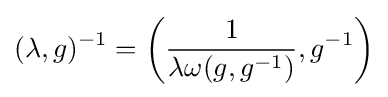
(\lambda ,g)^{-1}=\left({\frac {1}{\lambda \omega (g,g^{-1})}},g^{-1}\right)